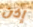
إذن